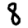
Digit: 8